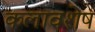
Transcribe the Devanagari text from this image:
कलावशेष